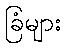
ခြံများ